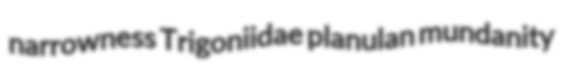
narrowness Trigoniidae planulan mundanity